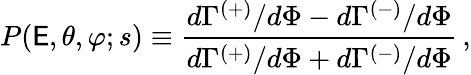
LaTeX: P(\mathsf{E},\theta,\varphi;s)\equiv\frac{{d\Gamma^{(+)}/d\Phi-d\Gamma^{(-)}/d\Phi}}{{d\Gamma^{(+)}/d\Phi+d\Gamma^{(-)}/d\Phi}}\, ,